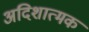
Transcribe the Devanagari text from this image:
अदिशात्मक